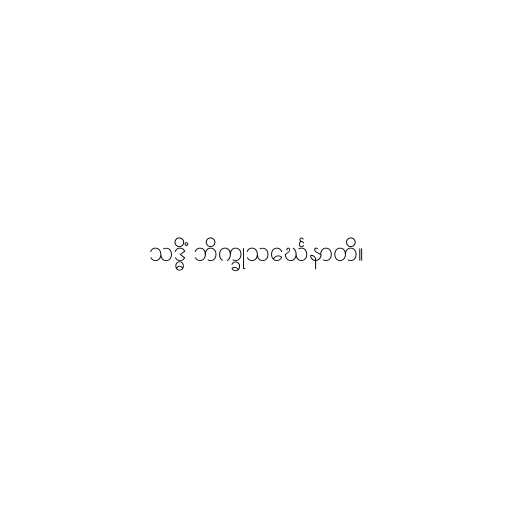
သဒ္ဓိံ ဘိက္ခုသင်္ဃေနာတိ။